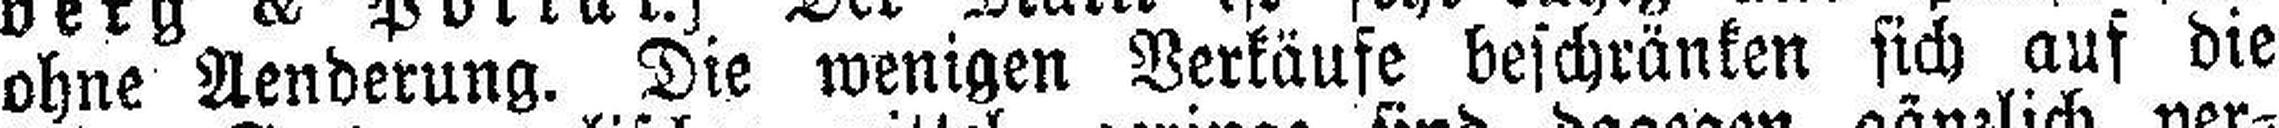
ohne Aenderung. Die wenigen Verkäufe beschränken sich auf die